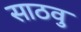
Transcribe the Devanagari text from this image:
साठवु